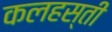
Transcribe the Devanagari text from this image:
कलहस्ती